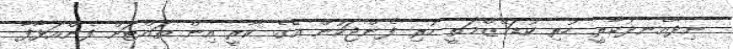
ނިދާއެނދުކާރީ ހުރި ކުޑަމޭޒްމަތީ ހުރި ފެންޖަކުން އޭގެ ކާރީ އިން ތައްޓަށް ފެންއަޅާފާ